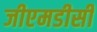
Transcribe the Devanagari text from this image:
जीएमडीसी